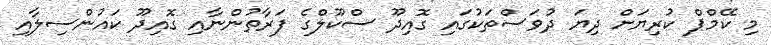
މި ކޭމްޕް ކުރިޔަށް ދިޔަ ދުވަސްތަކުގައި ގޮއިދޫ ސްކޫލްގެ ފަރާތުންނާއި ގޮއިދޫ ކައުންސިލާއި